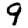
Digit: 9